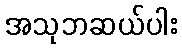
အသုဘဆယ်ပါး